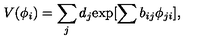
V ( \phi _ { i } ) = \sum _ { j } d _ { j } { \exp [ \sum b _ { i j } \phi _ { j i } ] } ,